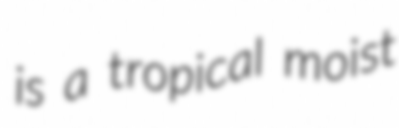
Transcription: is a tropical moist